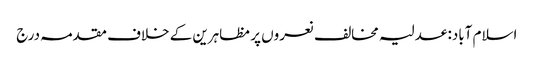
اسلام آباد: عدلیہ مخالف نعروں پر مظاہرین کے خلاف مقدمہ درج